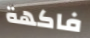
فاكهة